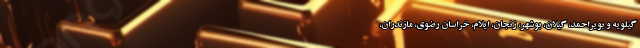
گیلویه و بویراحمد، گیلان، بوشهر، زنجان، ایلام، خراسان رضوی، مازندران،